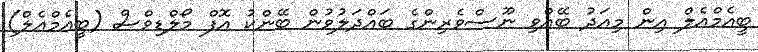
ބީއެމްއެލް އިން މިއަދު ބޭއްވި ނޫސްވެރިންގެ ބައްދަލުވުން ބޭންކު އޮފް މޯލްޑިވްސް (ބީއެމްއެލް)